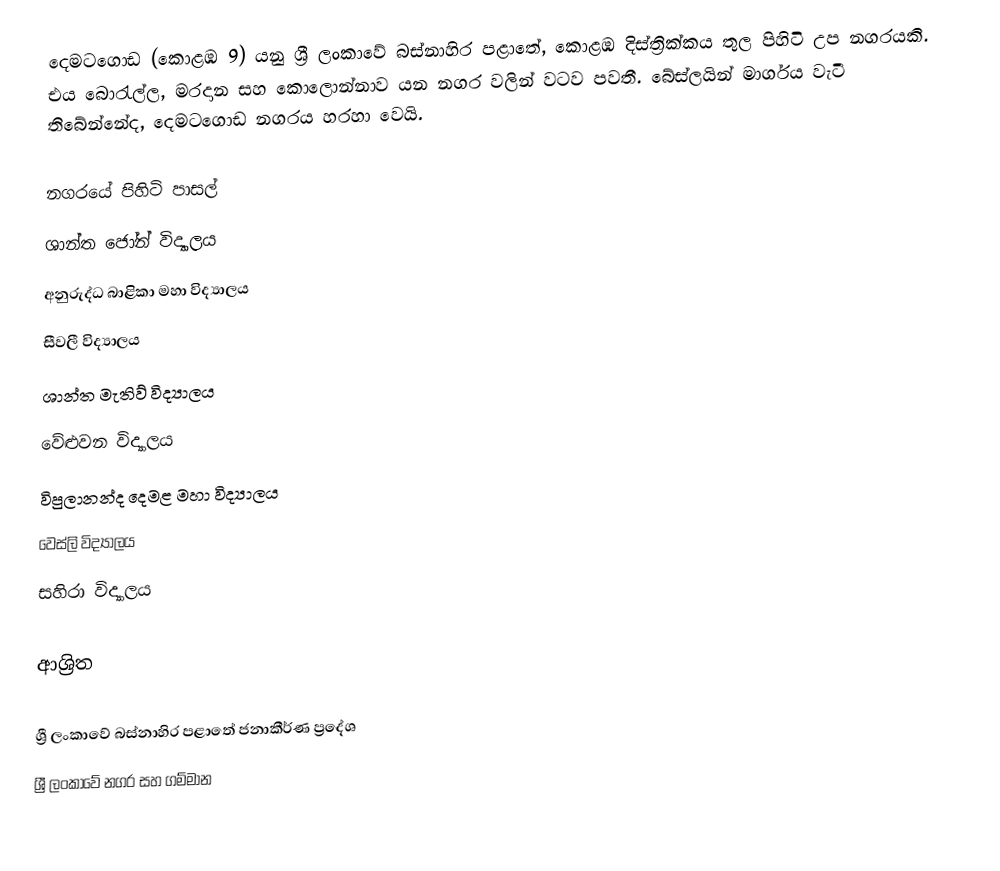
දෙමටගොඩ (කොළඹ 9) යනු ශ්‍රී ලංකාවේ බස්නාහිර පළාතේ, කොළඹ දිස්ත්‍රික්කය තුල පිහිටි උප නගරයකි. එය බොරැල්ල, මරදාන සහ කොලොන්නාව යන නගර වලින් වටව පවතී. බේස්ලයින් මාර්ගය වැටී තිබේන්නේද, දෙමටගොඩ නගරය හරහා වෙයි.

නගරයේ පිහිටි පාසල්
 ශාන්ත ජෝන් විද්‍යාලය
 අනුරුද්ධ බාළිකා මහා විද්‍යාලය
 සීවලී විද්‍යාලය
 ශාන්ත මැතිව් විද්‍යාලය
 වේළුවන විද්‍යාලය
 විපුලානන්ද දෙමළ මහා විද්‍යාලය
 වෙස්ලි විද්‍යාලය
 සහිරා විද්‍යාලය

ආශ්‍රිත

ශ්‍රී ලංකාවේ බස්නාහිර පළාතේ ජනාකීර්ණ ප්‍රදේශ
ශ්‍රී ලංකාවේ නගර සහ ගම්මාන